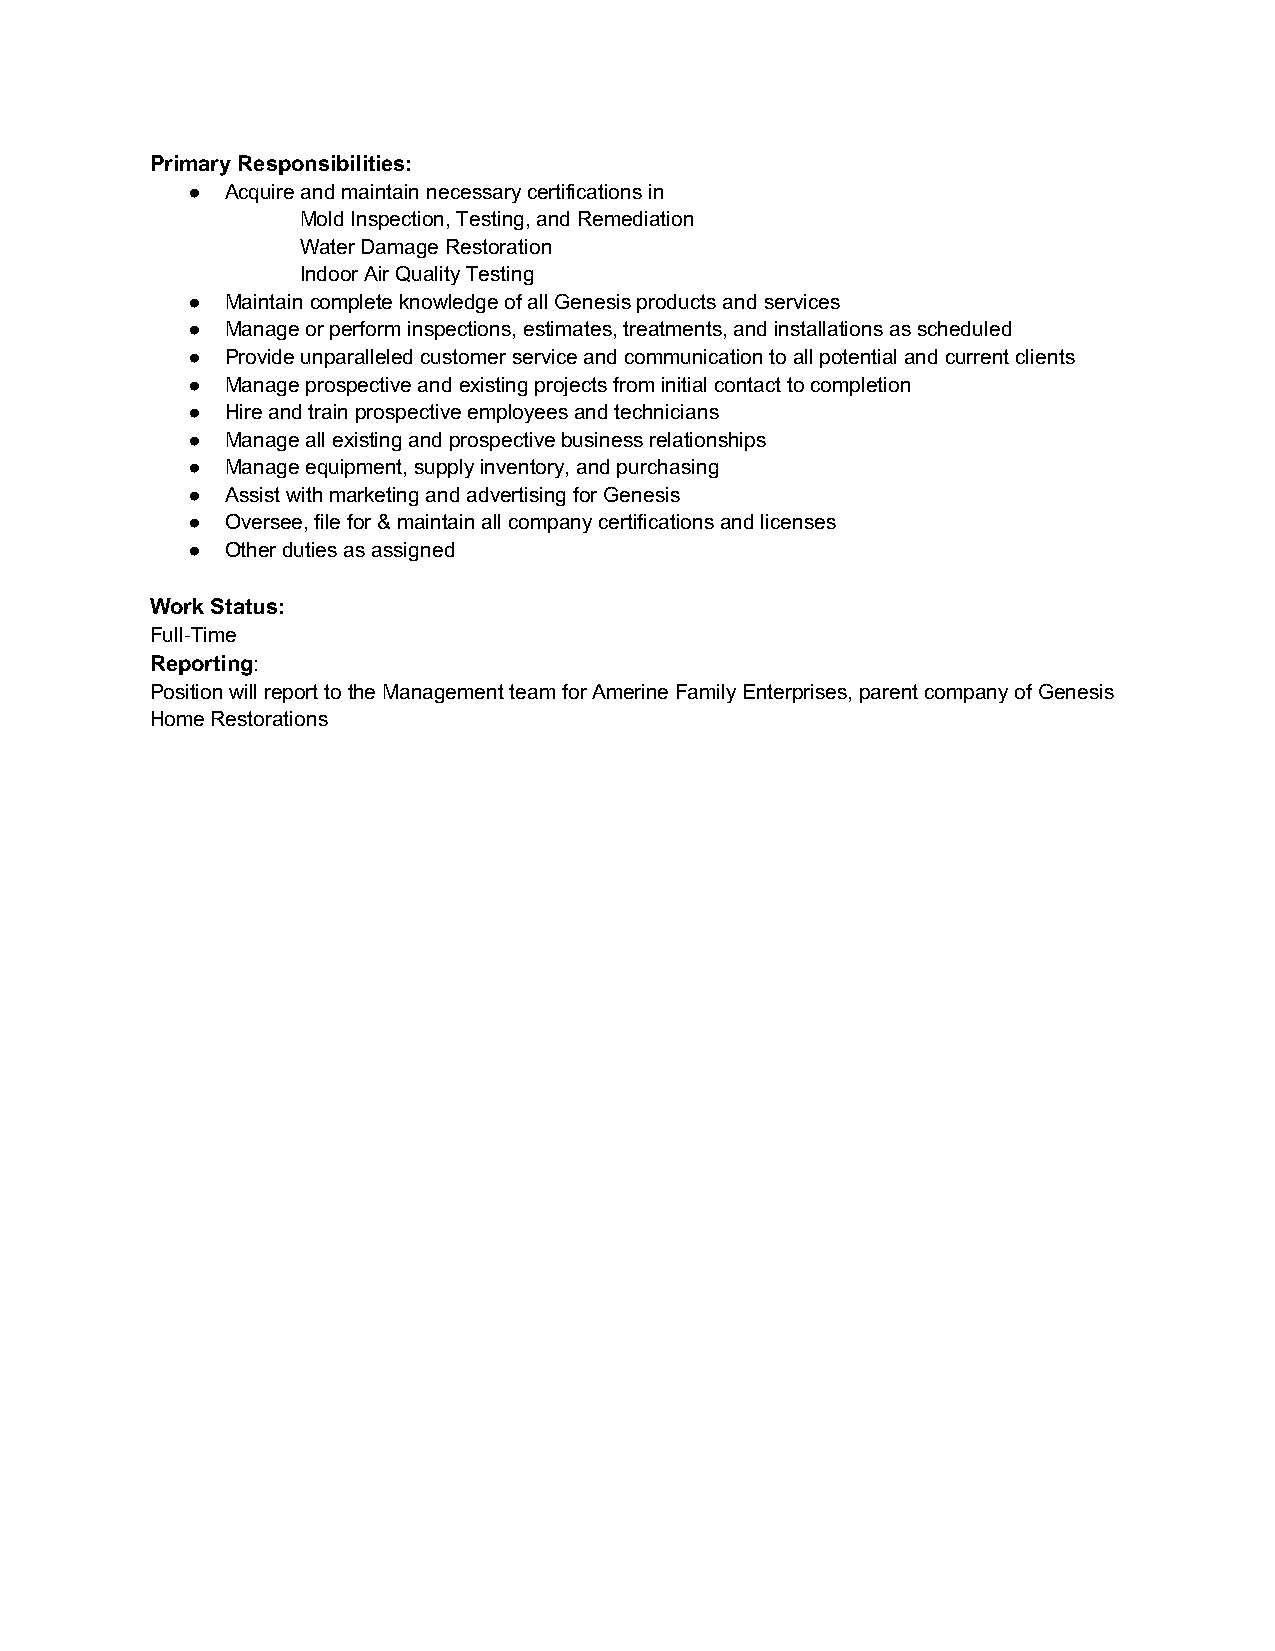
Primary Responsibilities:
 ●  Acquire and maintain necessary certifications in
 Mold Inspection, Testing, and Remediation
 Water Damage Restoration
 Indoor Air Quality Testing
 ●  Maintain complete knowledge of all Genesis products and services
 ●  Manage or perform inspections, estimates, treatments, and installations as scheduled
 ●  Provide unparalleled customer service and communication to all potential and current clients
 ●  Manage prospective and existing projects from initial contact to completion
 ●  Hire and train prospective employees and technicians
 ●  Manage all existing and prospective business relationships
 ●  Manage equipment, supply inventory, and purchasing
 ●  Assist with marketing and advertising for Genesis
 ●  Oversee, file for & maintain all company certifications and licenses
 ●  Other duties as assigned
 Work Status:
 Full-Time
 Reporting:
 Position will report to the Management team for Amerine Family Enterprises, parent company of Genesis
 Home Restorations